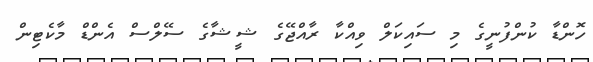
ހޮންޑާ ކުންފުނީގެ މި ސައިކަލް ވިއްކާ ރާއްޖޭގެ ޝީޝާގެ ސޭލްސް އެންޑް މާކެޓިން